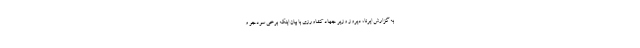
به گزارش ایرنا، دیروز وزیر جهاد کشاورزی با بیان اینکه برخی سودجو و